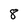
Character: 8